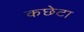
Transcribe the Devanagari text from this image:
कछेटा